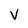
Character: V